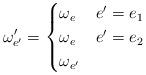
LaTeX: \begin{align*} \omega'_{e'} = \begin{cases}\omega_e & {e'} =e_1\\\omega_e & {e'}=e_2\\\omega_{e'} & \end{cases}\end{align*}